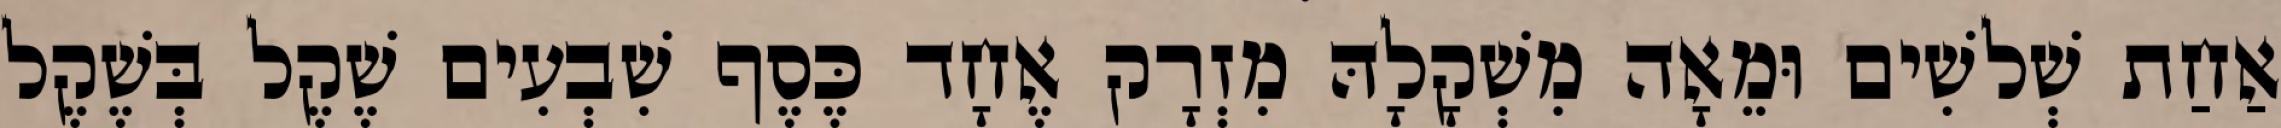
אַחַת שְׁלשִׁים וּמֵאָה מִשְׁקָלָהּ מִזְרָק אֶחָד כֶּסֶף שִׁבְעִים שֶׁקֶל בְּשֶׁקֶל